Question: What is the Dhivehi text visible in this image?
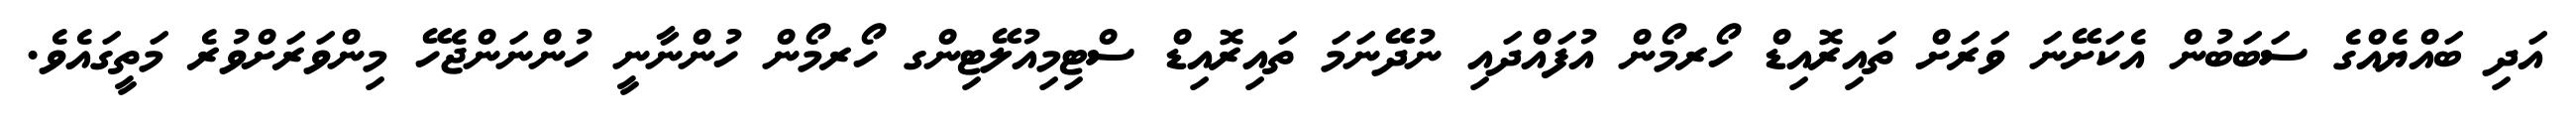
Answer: އަދި ބައްޔެއްގެ ސަބަބުން އެކަށޭނަ ވަރަށް ތައިރޮއިޑް ހޯރމޯން އުފައްދައި ނުދޭނަމަ ތައިރޮއިޑް ސްޓިމިއުލޭޓިންގ ހޯރމޯން ހުންނާނީ ހުންނަންޖެހޭ މިންވަރަށްވުރެ މަތީގައެވެ.